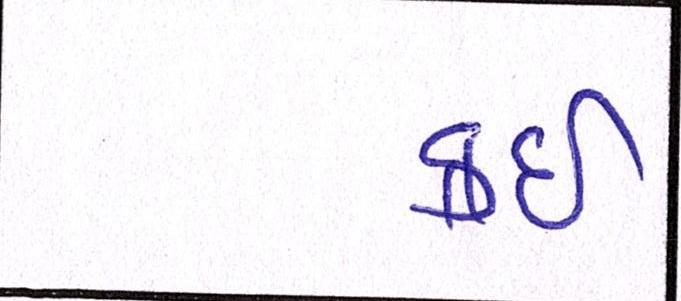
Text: કઇ